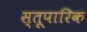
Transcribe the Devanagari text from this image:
स्तूपारिक